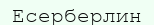
Есерберлин